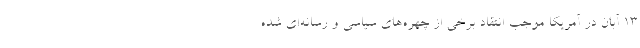
13 آبان در آمریکا موجب انتقاد برخی از چهره‌های سیاسی و رسانه‌ای شده